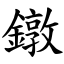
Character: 鐓